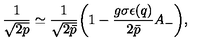
\frac { 1 } { \sqrt { 2 p } } \simeq \frac { 1 } { \sqrt { 2 \bar { p } } } \bigg ( 1 - \frac { g \sigma \epsilon ( q ) } { 2 \bar { p } } A _ { - } \bigg ) ,